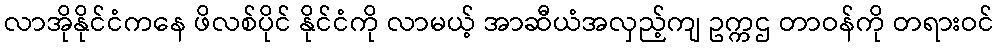
လာအိုနိုင်ငံကနေ ဖိလစ်ပိုင် နိုင်ငံကို လာမယ့် အာဆီယံအလှည့်ကျ ဥက္ကဌ တာဝန်ကို တရားဝင်